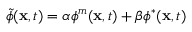
\widetilde { \phi } ( \mathbf { x } , t ) = \alpha \boldsymbol { \phi } ^ { m } ( \mathbf { x } , t ) + \beta \boldsymbol { \phi } ^ { * } ( \mathbf { x } , t )